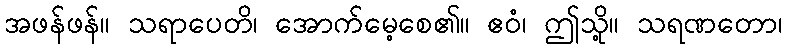
အဖန်ဖန်။ သရာပေတိ၊ အောက်မေ့စေ၏။ ဧဝံ၊ ဤသို့။ သရဏတော၊